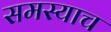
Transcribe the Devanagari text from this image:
समस्याच